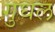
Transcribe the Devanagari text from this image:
गुघल